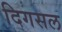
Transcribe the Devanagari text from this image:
दिगसल